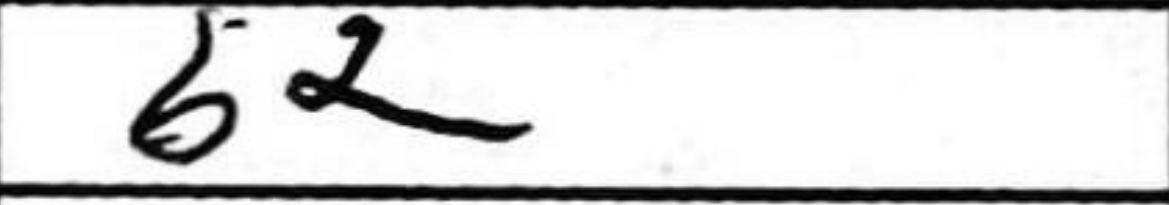
Transcription: b2